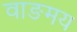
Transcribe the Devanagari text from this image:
वाङमय